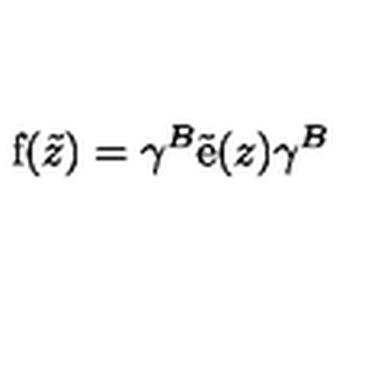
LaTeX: \mathrm { f } ( \tilde { z } ) = \gamma ^ { B } \tilde { \mathrm { e } } ( z ) \gamma ^ { B }